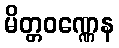
မိတ္တဝဏ္ဏေန